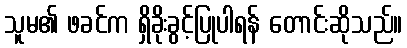
သူမ၏ ဖခင်က ရှိခိုးခွင့်ပြုပါရန် တောင်းဆိုသည်။